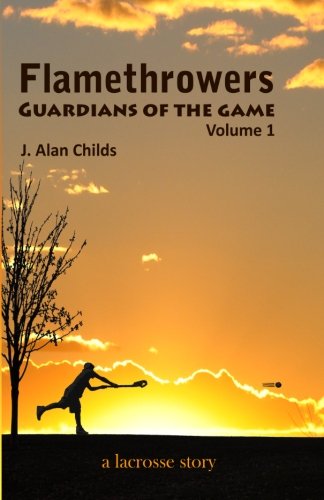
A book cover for Flamethrowers - Guardians of the game: A lacrosse story; J. Alan Childs; Sports & Outdoors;